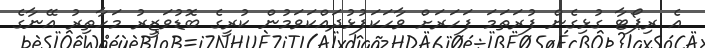
އެ ރިޕޯޓާ ގުޅިގެން ފުރަތަމަ ފަހަރަށް ވާހަކަފުޅުދައްކަވަމުން ކުރީގެ ބޮޑުވަޒީރު މަހާތިރު އޭނާގެ